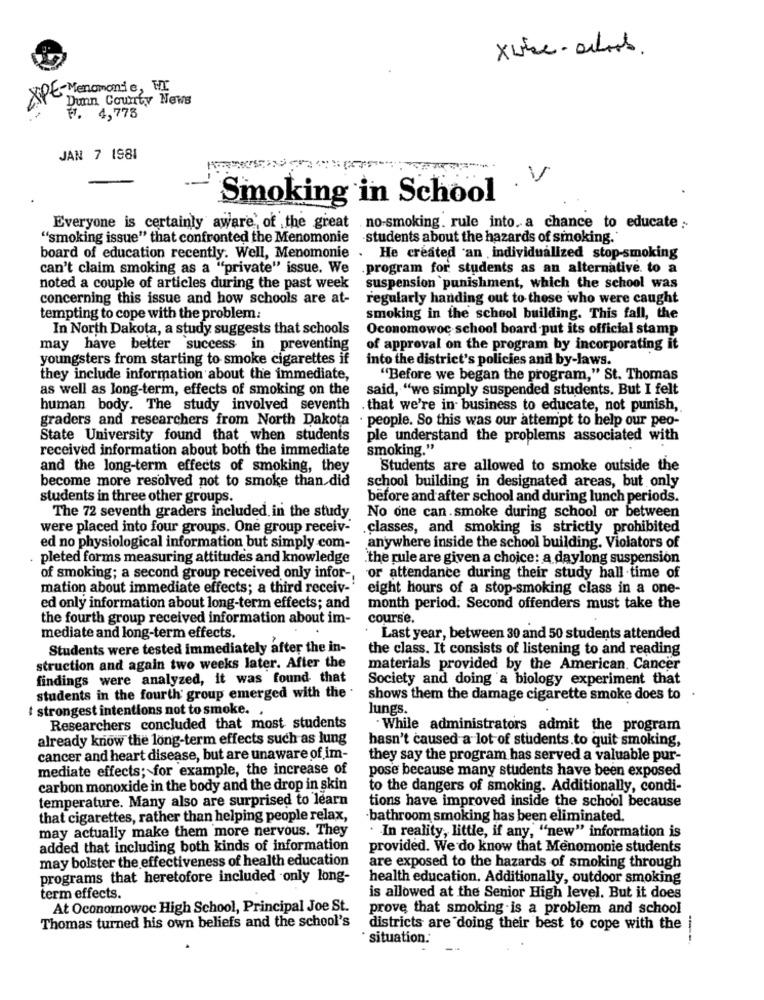
xwhe- actors.
XPE-Menomonie, MI.
Dunn County News
7. 4,778
JAN 7 1981
Smoking in School
Everyone is certainly aware of the great no-smoking. rule into. a chance to educate ;
"smoking issue" that confronted the Menomonie students about the hazards of smoking."
board of education recently. Well, Menomonie .
He created an individualized stop-smoking
can't claim smoking as a "private" issue. We
.program for students as an alternative. to a
noted a couple of articles during the past week
suspension punishment, which the school was
concerning this issue and how schools are at-
regularly handing out to those who were caught
tempting to cope with the problem:
smoking in the school building. This fall, the
In North Dakota, a study suggests that schools
Oconomowoc school board put its official stamp
may have better success in preventing
of approval on the program by incorporating it
youngsters from starting to smoke cigarettes if
into the district's policies and by-laws.
they include information about the immediate,
"Before we began the program," St. Thomas
as well as long-term, effects of smoking on the
said, "we simply suspended students. But I felt
human body. The study involved seventh
that we're in business to educate, not punish,
graders and researchers from North Dakota
. people. So this was our attempt to help our peo-
State University found that when students
ple understand the problems associated with
received information about both the immediate
smoking."
and the long-term effects of smoking, they
Students are allowed to smoke outside the
become more resolved not to smoke than did
school building in designated areas, but only
students in three other groups.
before and after school and during lunch periods.
The 72 seventh graders included in the study
No one can.smoke during school or between
were placed into four groups. One group receiv-
.classes, and smoking is strictly prohibited
ed no physiological information but simply com-
anywhere inside the school building. Violators of
pleted forms measuring attitudes and knowledge
.the rule are given a choice: a daylong suspension
of smoking; a second group received only infor -,
or attendance during their study hall time of
mation about immediate effects; a third receiv-'
eight hours of a stop-smoking class in a one-
ed only information about long-term effects; and
month period: Second offenders must take the
the fourth group received information about im-
course.
mediate and long-term effects.
Last year, between 30 and 50 students attended
Students were tested immediately after the in-
the class. It consists of listening to and reading
struction and again two weeks later. After the
materials provided by the American. Cancer
findings were analyzed, it was found that
Society and doing a biology experiment that
students in the fourth group emerged with the .
shows them the damage cigarette smoke does to
.
t strongest intentions not to smoke.
lungs.
Researchers concluded that most students
. While administrators admit the program
already know the long-term effects such as lung
hasn't caused a lot of students.to quit smoking,
cancer and heart disease, but are unaware of im-
they say the program has served a valuable pur-
mediate effects; for example, the increase of
pose because many students have been exposed
carbon monoxide in the body and the drop in skin
to the dangers of smoking. Additionally, condi-
temperature. Many also are surprised to learn
tions have improved inside the school because
that cigarettes, rather than helping people relax,
bathroom smoking has been eliminated.
may actually make them more nervous. They
· In reality, little, if any, "new" information is
added that including both kinds of information
provided. We do know that Menomonie students
may bolster the effectiveness of health education
are exposed to the hazards of smoking through
programs that heretofore included only long-
health education. Additionally, outdoor smoking
term effects.
is allowed at the Senior High level. But it does
At Oconomowoc High School, Principal Joe St.
prove that smoking is a problem and school
Thomas turned his own beliefs and the school's
districts are doing their best to cope with the
situation.'